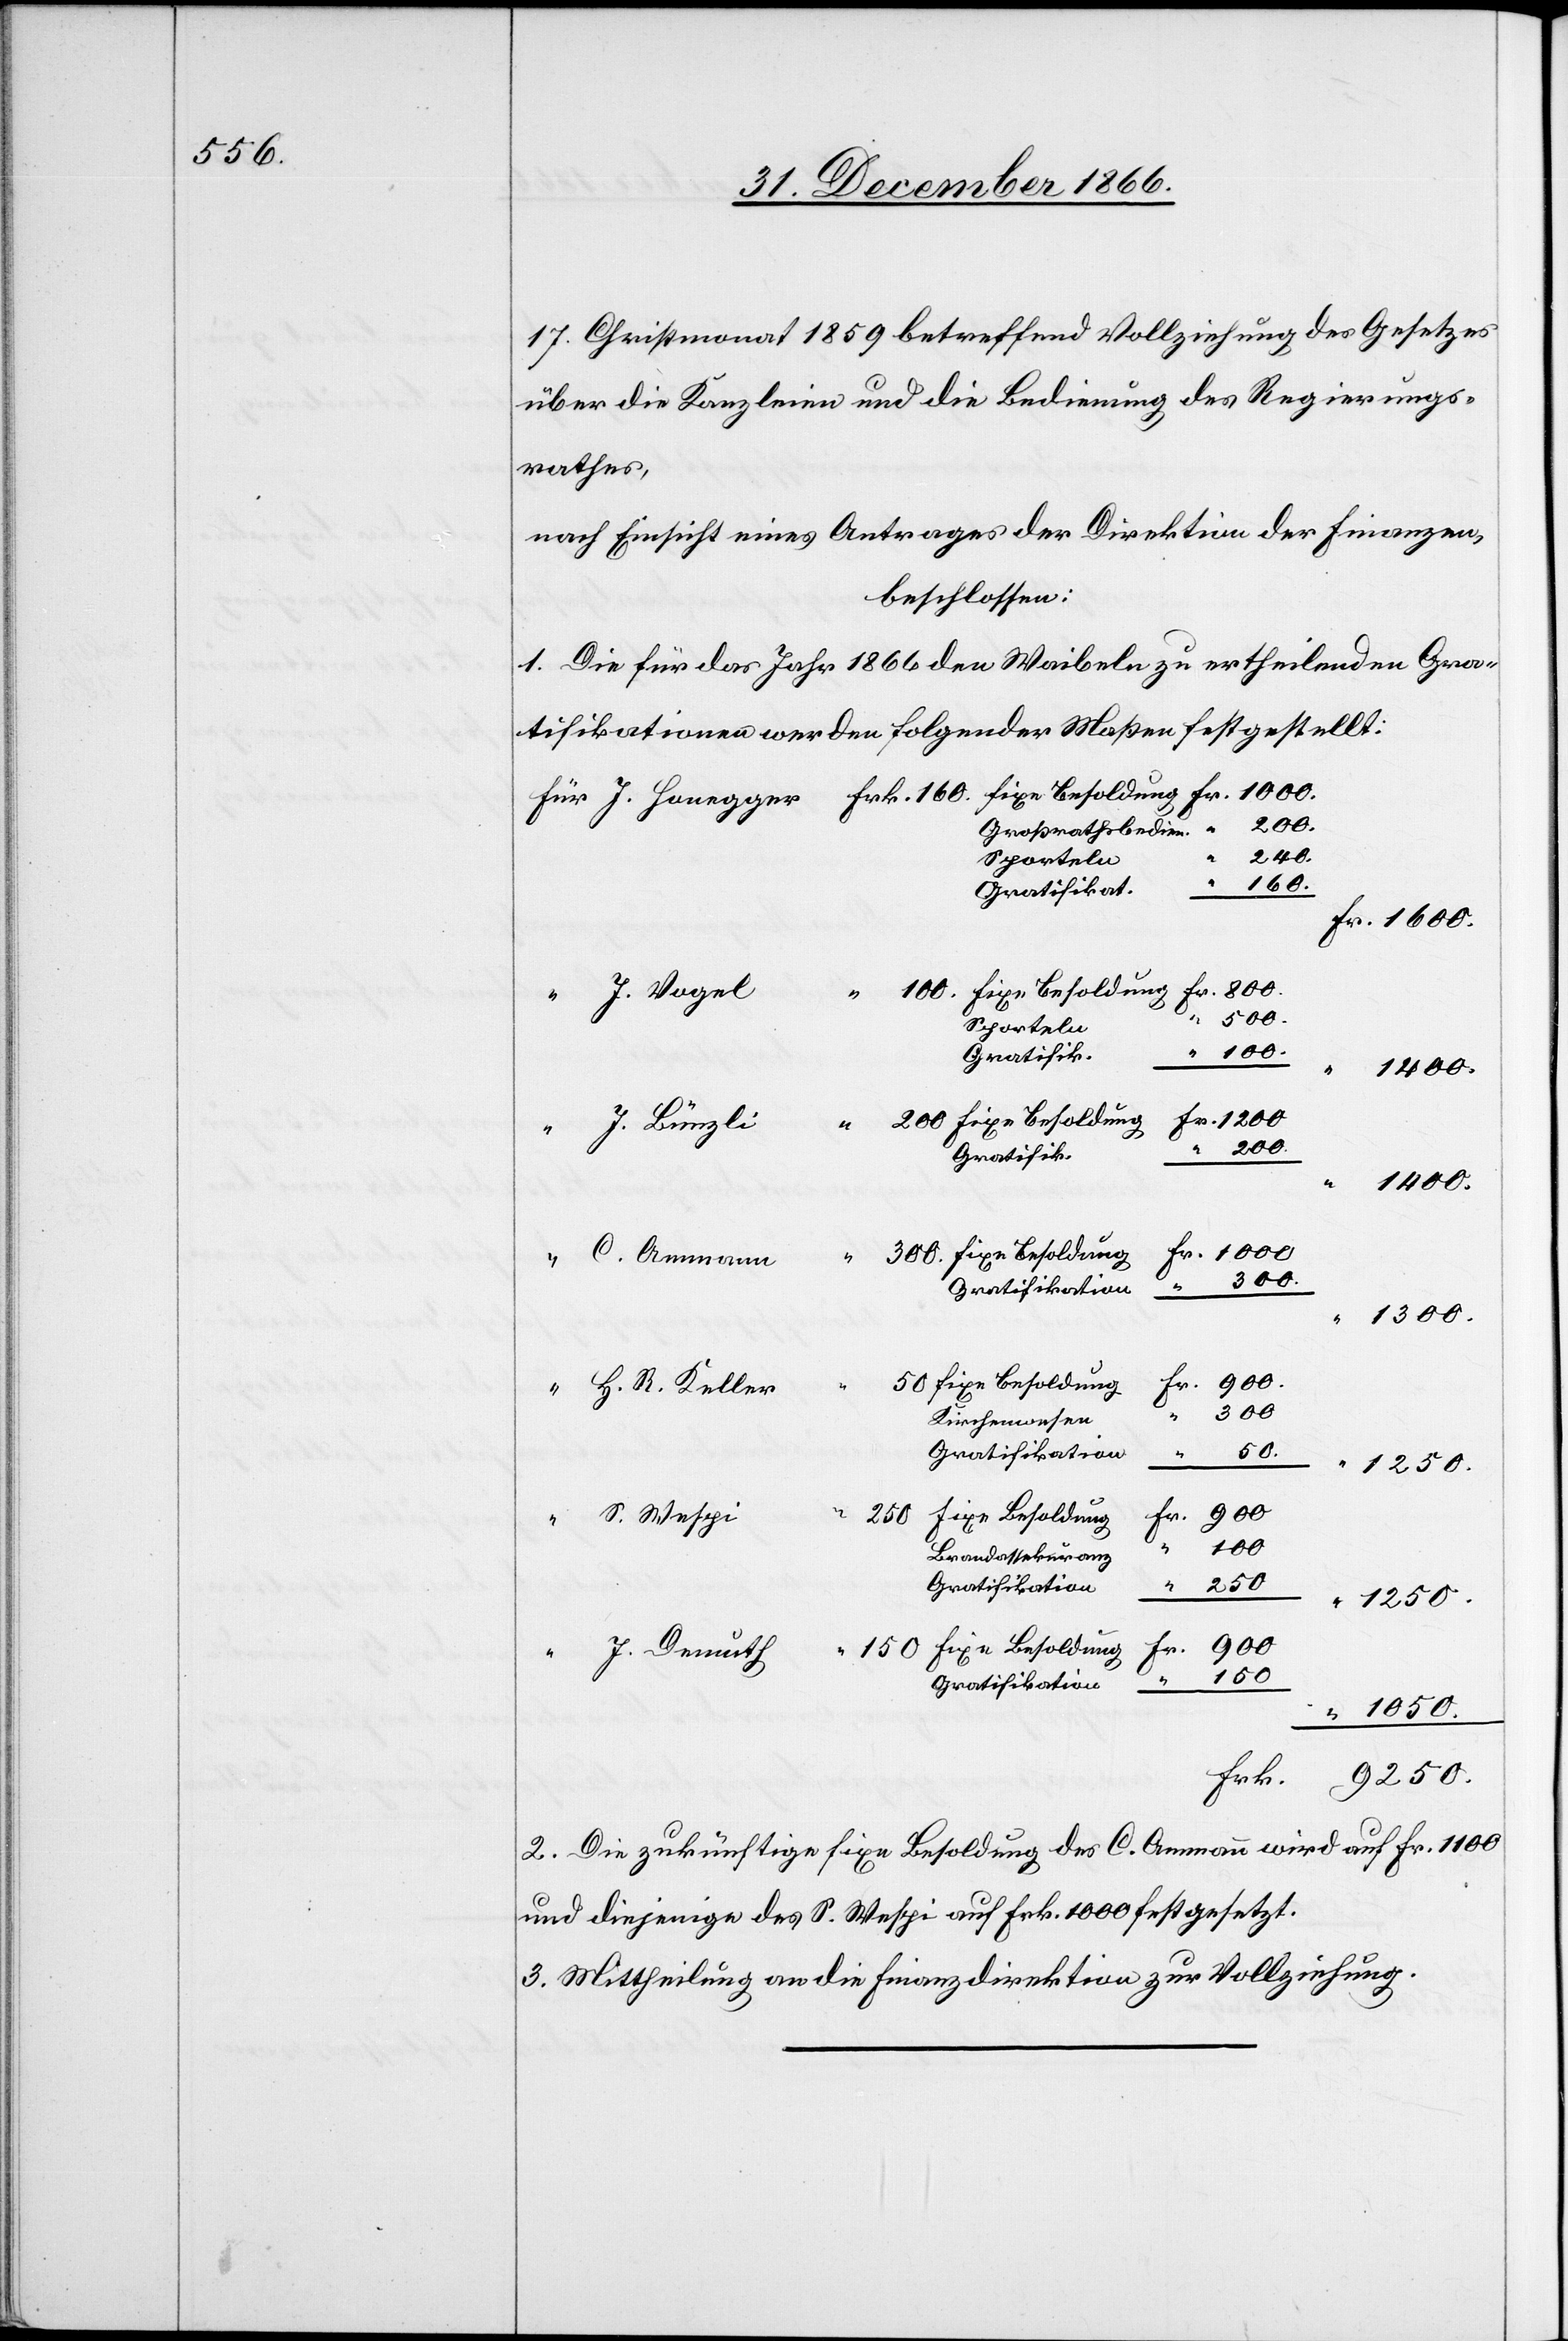
17. Christmonat 1859 betreffend Vollziehung des Gesetzes
über die Kanzleien und die Bedienung des Regierungs¬
rathes,
nach Einsicht eines Antrages der Direktion der Finanzen,
beschlossen:
1. Die für das Jahr 1866 den Waibeln zu ertheilenden Gra¬
tifikationen werden folgender Maßen festgestellt:
Großrathsbedien.
240.
Sporteln
Gratifikat.
J.
500.
160.
Gratifik.
“
1200.
200.
1400.
300.
Gratifikation
Ammann
1300.
300.
fixe Besoldung
H. R. Keller
Kirchenwesen
50.
Gratifikation
“
9250.
1050.
Brandassekuranz
250.
Frk.
900.
150.
C.
2. Die zukünftige fixe Besoldung des C. Ammann wird auf Frk. 1100
und diejenige des S. Wespi auf Frk. 1000 festgesetzt.
3. Mittheilung an die Finanzdirektion zur Vollziehung.